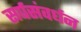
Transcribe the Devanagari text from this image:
सर्पसंवर्धन